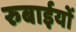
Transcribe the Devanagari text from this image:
रुबाईयों